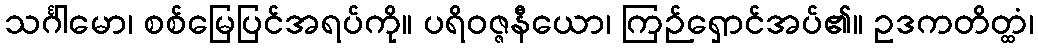
သင်္ဂါမော၊ စစ်မြေပြင်အရပ်ကို။ ပရိဝဇ္ဇနီယော၊ ကြဉ်ရှောင်အပ်၏။ ဥဒကတိတ္ထံ၊